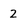
Character: 2